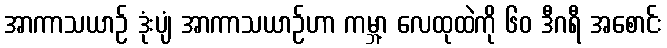
အာကာသယာဉ် ဒုံးပျံ အာကာသယာဉ်ဟာ ကမ္ဘာ့ လေထုထဲကို ၆၀ ဒီဂရီ အစောင်း